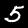
Digit: 5